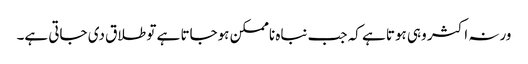
ورنہ اکثر وہی ہوتا ہے کہ جب نباہ ناممکن ہوجاتا ہے تو طلاق دی جاتی ہے۔